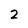
Character: 2